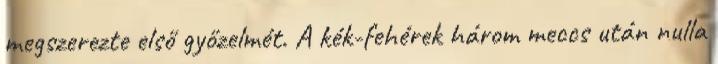
megszerezte első győzelmét. A kék-fehérek három meccs után nulla